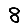
Digit: 8